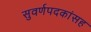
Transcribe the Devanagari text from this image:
सुवर्णपदकांसह